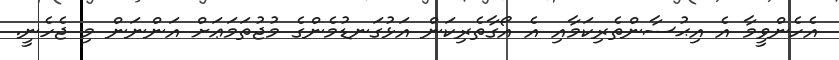
އެހެންވީމާ އެ އިޙުސާންތެރިކަމާއި އެ އޯގާތެރިކަން އަޅުގަނޑުމެންގެ މުޖުތަމަޢަށް އަންނަން މި ޖެހެނީ.